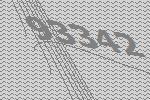
93342